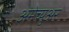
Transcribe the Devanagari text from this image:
अमेच्युअर